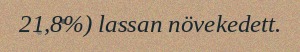
21,8%) lassan növekedett.